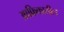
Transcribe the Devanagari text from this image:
आफ्रिकातील